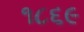
૧૮૬૯